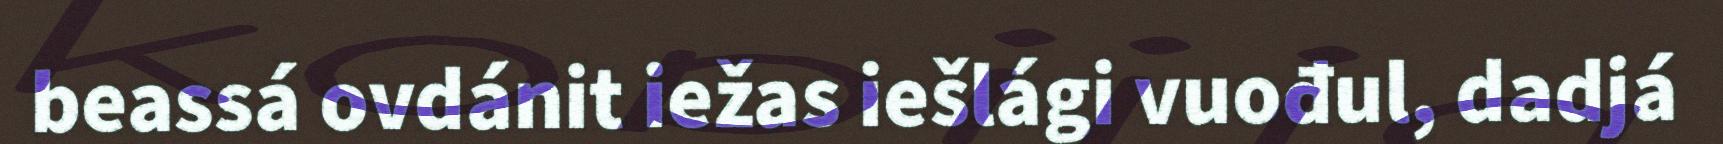
beassá ovdánit iežas iešlági vuođul, dadjá